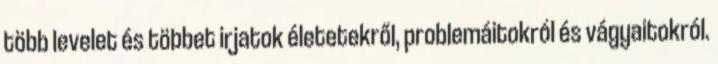
több levelet és többet irjatok életetekről, problemáitokról és vágyaitokról.